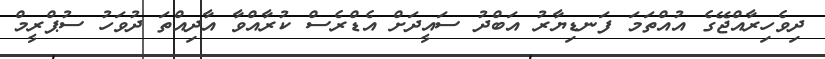
ދިވެހިރާއްޖޭގެ އުއްތަމަ ފަނޑިޔާރު އަބްދު ސައީދަށް އެޑްރެސް ކުރާއްވާ އާދިއްތަ ދުވަހު ސުޕްރީމް